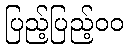
ပြည့်ပြည့်၀၀